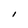
Character: I